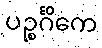
ပဉ္စင်္ဂိကေ